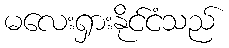
မလေးရှားနိုင်ငံသည်